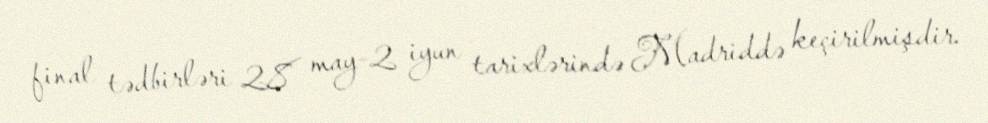
final tədbirləri 28 may-2 iyun tarixlərində Madriddə keçirilmişdir.